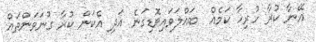
އޭނާ ކުރާ ހުރިހާ ކަމެއް  ބައްލަވައިވޮޑިގަނެ އަދި އެކަން ކުރާ ގުނަވަންތައް